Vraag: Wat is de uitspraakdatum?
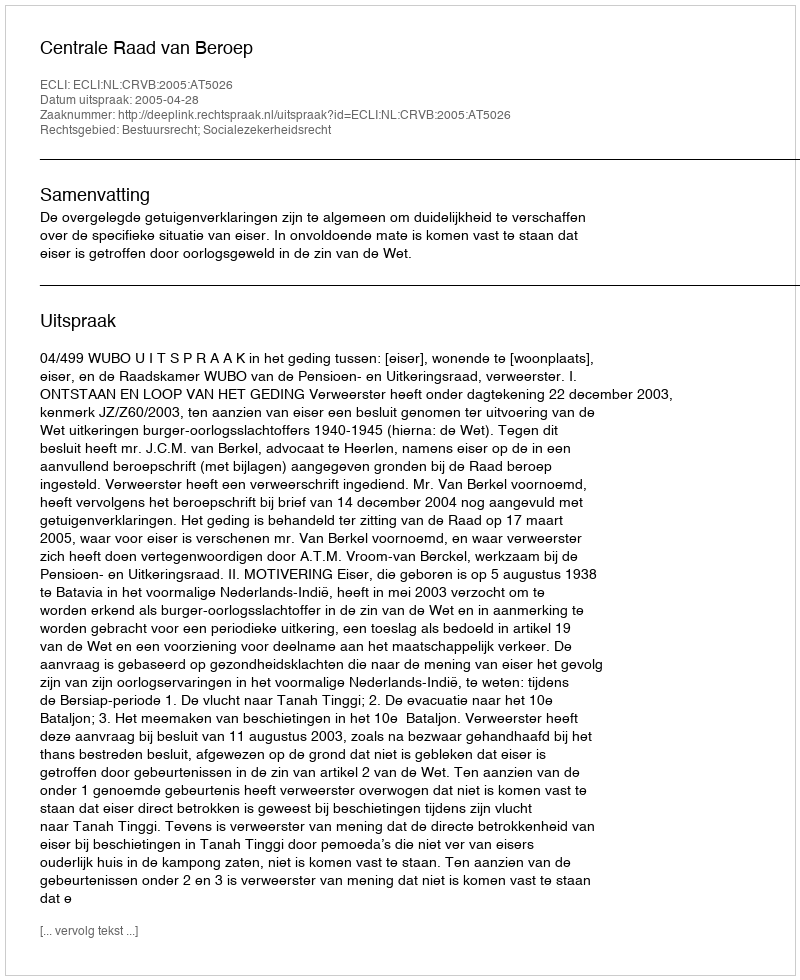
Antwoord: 2005-04-28